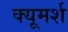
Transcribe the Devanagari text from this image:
क्यूमर्श